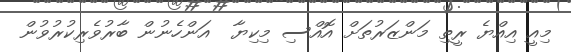
މިއީ އިއްޔެ ރީތި މަންޒަރުތަށް އޮއްސި މިކިޔާ  އަންހެނުން ބާރުވެރިކުރުވުން